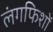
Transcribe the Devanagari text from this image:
लंगफिशों